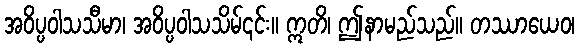
အဝိပ္ပဝါသသီမာ၊ အဝိပ္ပဝါသသိမ်၎င်း။ ဣတိ၊ ဤနာမည်သည်။ တဿာယေဝ၊